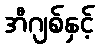
အီဂျစ်နှင့်